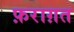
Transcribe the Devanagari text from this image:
फ़राग़त